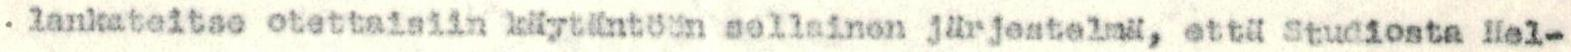
. lankateitse otettaisiin käytäntöön sellainen järjestelmä, että studiosta Hel-